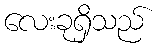
လေးခုရှိသည်